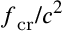
\boldsymbol { f } _ { \mathrm { c r } } / c ^ { 2 }